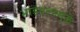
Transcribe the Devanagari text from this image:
भांडवलामुळे